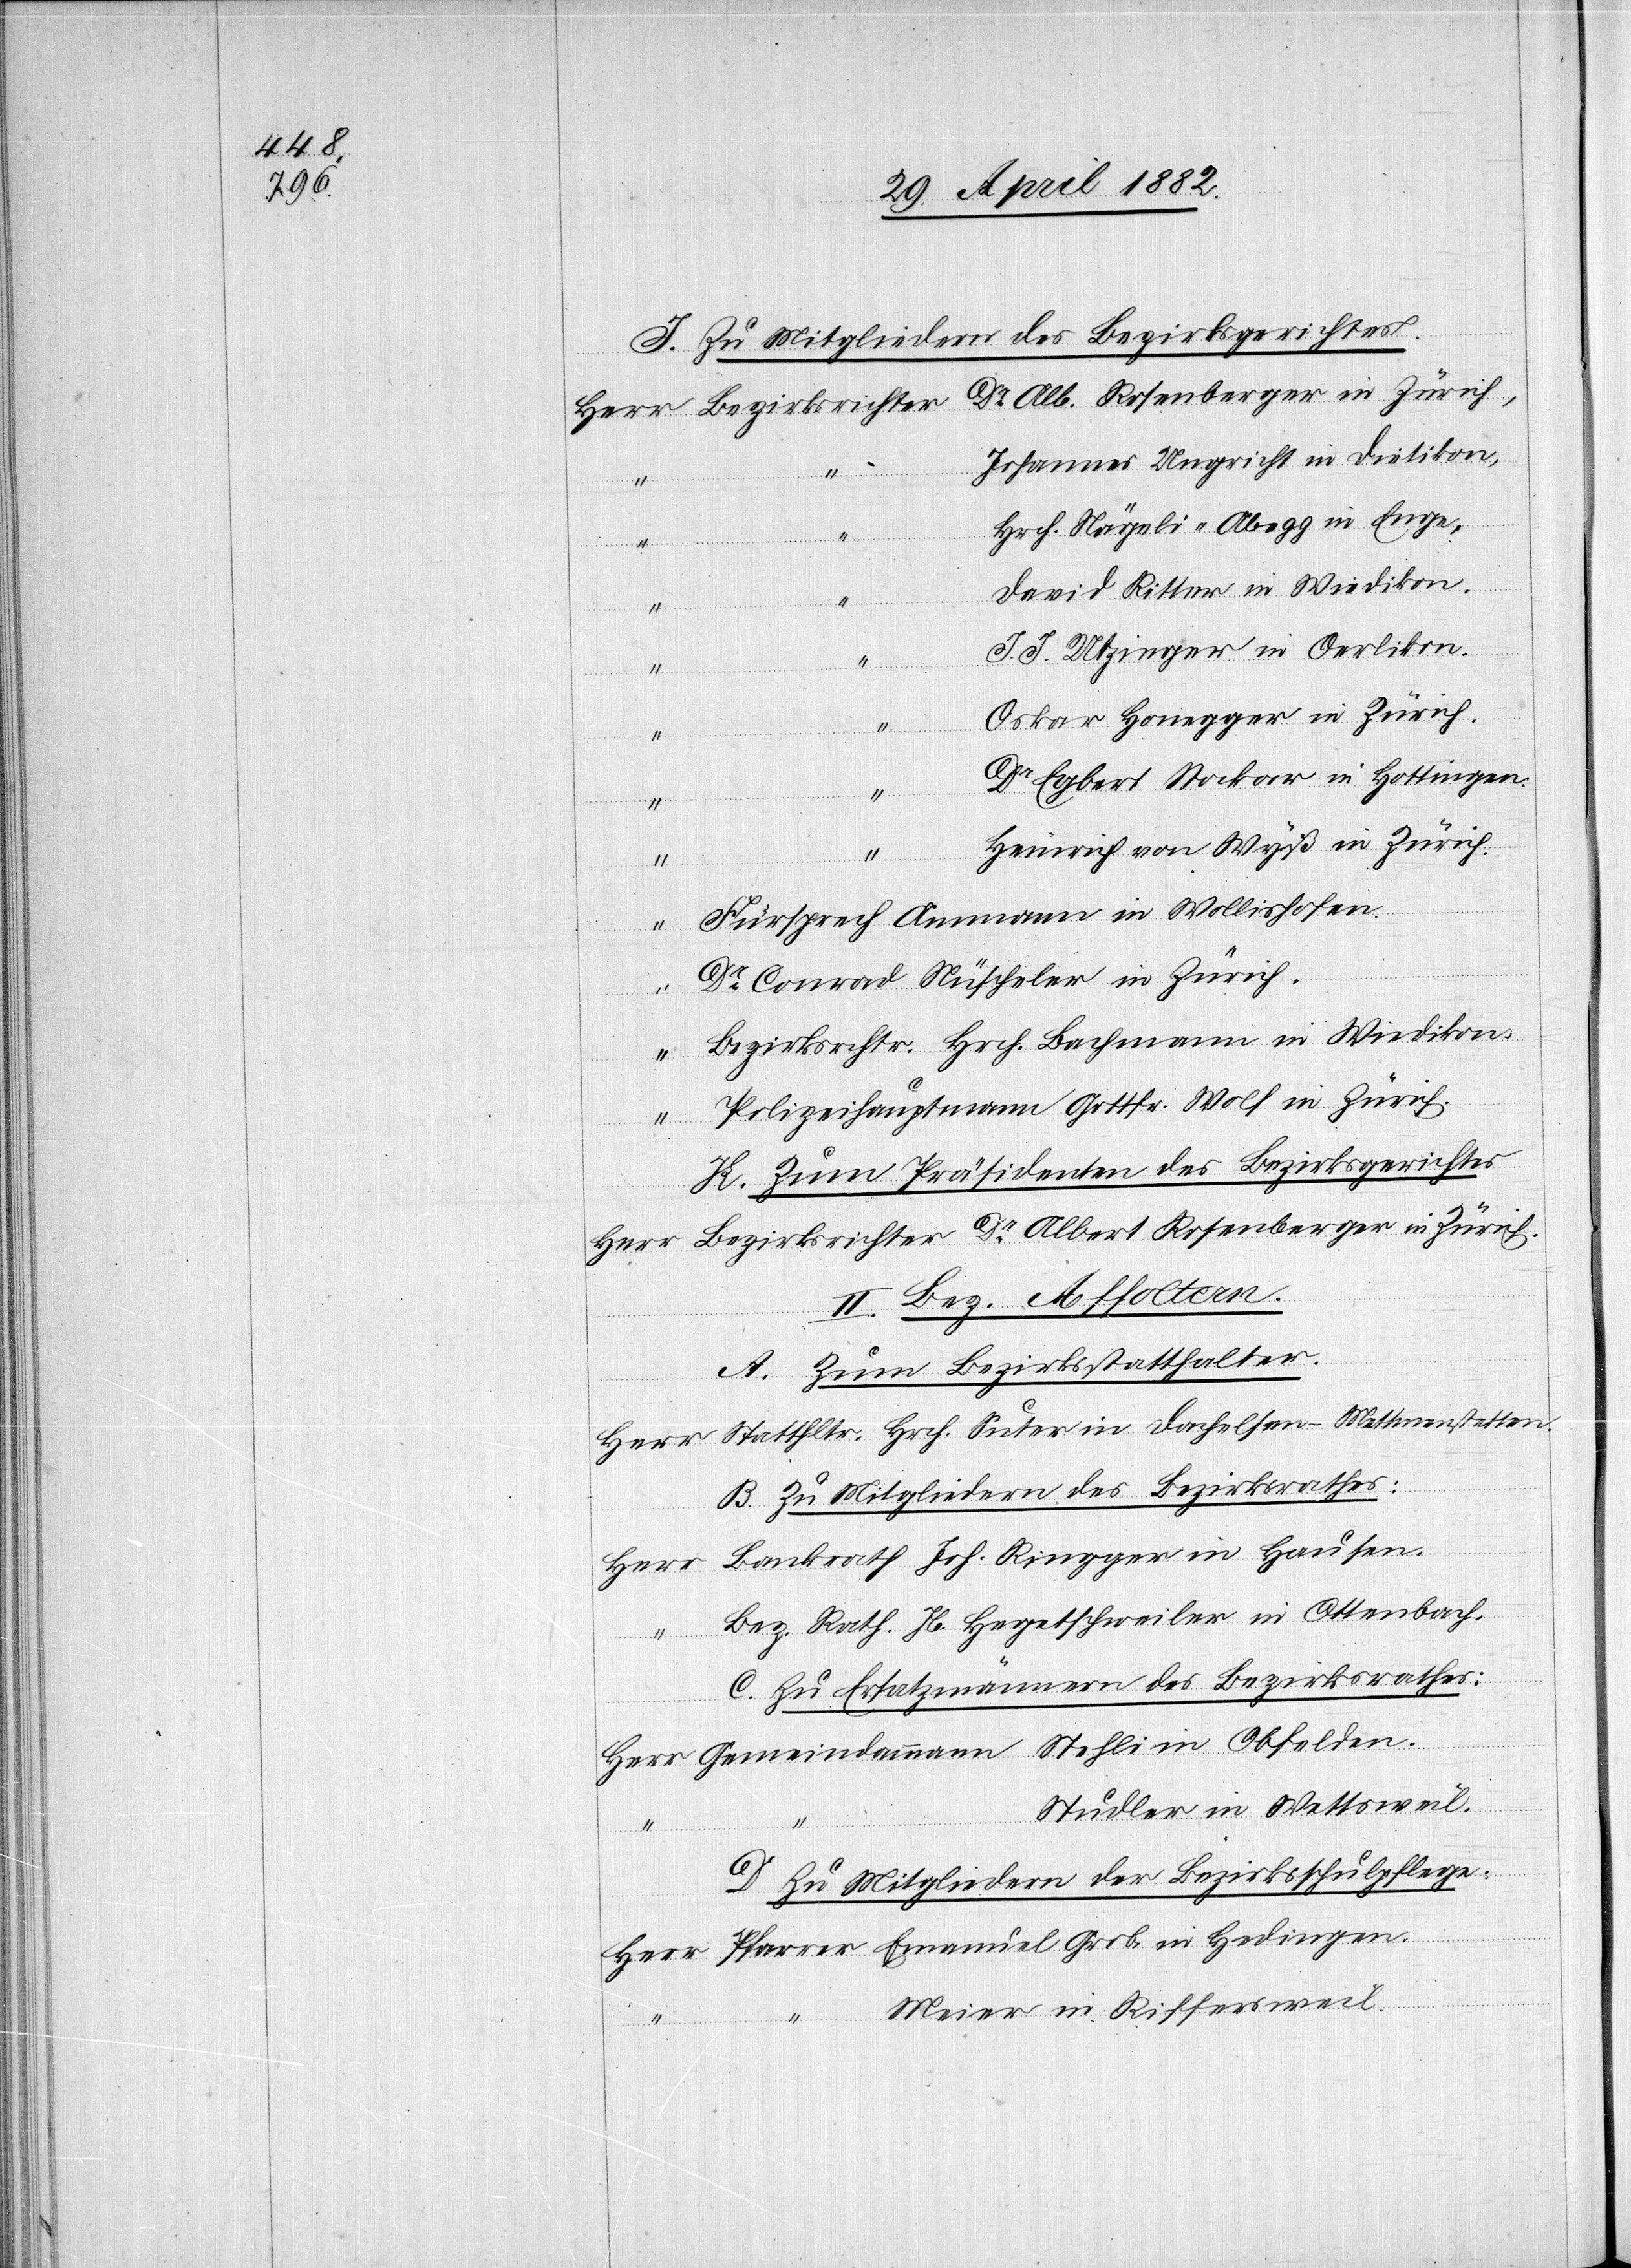
I. Zu Mitgliedern des Bezirksgerichtes.
Dr Alb. Rosenberger in Zürich,
Johannes Ungricht in Dietikon,
in Hedingen.
Hrch. Nägeli-Abegg in Enge,
Hausen.
David Ritter in Wiedikon,
J. J. Utzinger in Oerlikon,
“
Oskar Honegger in Zürich,
Dr Egbert Stocker in Hottingen,
Heinrich von Wyß in Zürich,
Fürsprech Ammann in Wollishofen,
Dr Conrad Nüscheler in Zürich,
Emanuel
Bezirksrchtr. Hrch. Bachmann in Wiedikon,
Polizeihauprmann Gottfr. Wolf in Zürich.
K. Zum Präsidenten des Bezirksgerichtes.
Bezirksrichter Dr Albert Rosenberger in Zürich.
II. Bez. Affoltern
A. Zum Bezirksstatthalter.
B. Zu Mitgliedern des Bezirksrathes:
Stehli in
C. Zu Ersatzmännern des Bezirksrathes:
Studler in Wettsweil.
D. Zu Mitgliedern der Bezirksschulpflege:
Meier in Riffersweil.